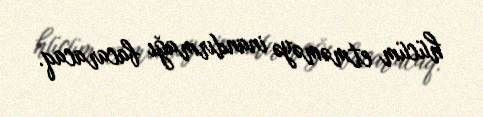
hücüm etməməyə inandırmağı bacaracaq.